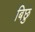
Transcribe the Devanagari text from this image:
बिछु